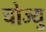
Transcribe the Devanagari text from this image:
चोज्यु